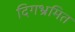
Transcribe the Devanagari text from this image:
दिगभ्रमित